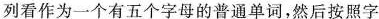
列看作为一个有五个字母的普通单词，然后按照字